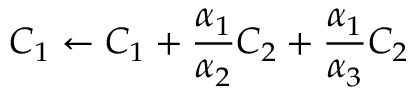
C _ { 1 } \leftarrow C _ { 1 } + \frac { \alpha _ { 1 } } { \alpha _ { 2 } } C _ { 2 } + \frac { \alpha _ { 1 } } { \alpha _ { 3 } } C _ { 2 }